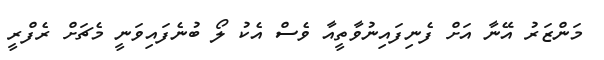
މަންޒަރު އޭނާ އަށް ފެނިފައިނުވާތީއާ ވެސް އެކު ލޯ ބުނެފައިވަނީ މެޗަށް ރެފްރީ